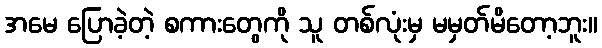
အမေ ပြောခဲ့တဲ့ စကားတွေကို သူ တစ်လုံးမှ မမှတ်မိတော့ဘူး။